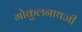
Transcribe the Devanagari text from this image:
गोकुलनाथजी